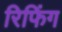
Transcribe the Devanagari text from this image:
रिफिंग